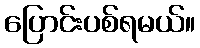
ပြောင်းပစ်ရမယ်။